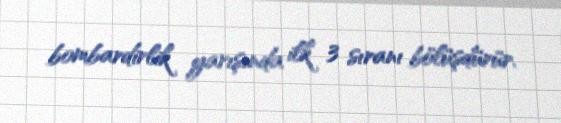
bombardirlik yarışında ilk 3 sıranı bölüşdürür.